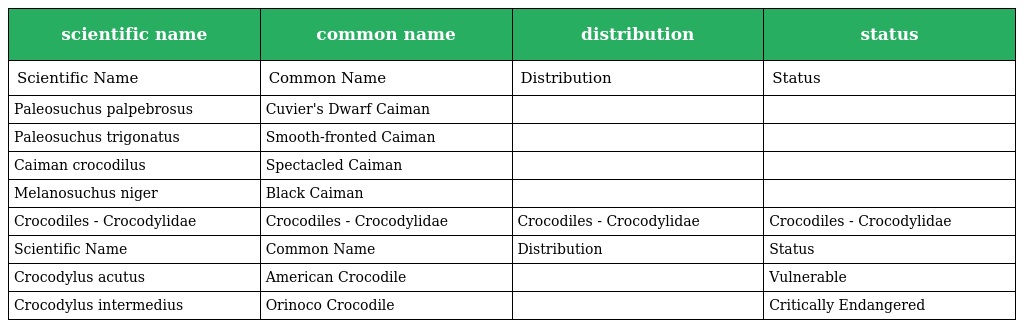
| scientific name | common name | distribution | status |
 | --- | --- | --- | --- |
 | Scientific Name | Common Name | Distribution | Status |
 | Paleosuchus palpebrosus | Cuvier's Dwarf Caiman |  |  |
 | Paleosuchus trigonatus | Smooth-fronted Caiman |  |  |
 | Caiman crocodilus | Spectacled Caiman |  |  |
 | Melanosuchus niger | Black Caiman |  |  |
 | Crocodiles - Crocodylidae | Crocodiles - Crocodylidae | Crocodiles - Crocodylidae | Crocodiles - Crocodylidae |
 | Scientific Name | Common Name | Distribution | Status |
 | Crocodylus acutus | American Crocodile |  | Vulnerable |
 | Crocodylus intermedius | Orinoco Crocodile |  | Critically Endangered |